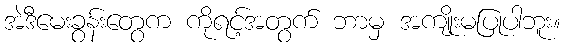
အဲဒီမေးခွန်းတွေက ကိုရင့်အတွက် ဘာမှ အကျိုးမပြုပါဘူး။